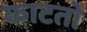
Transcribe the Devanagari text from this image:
काटतो